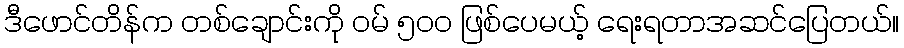
ဒီဖောင်တိန်က တစ်ချောင်းကို ဝမ် ၅၀၀ ဖြစ်ပေမယ့် ရေးရတာအဆင်ပြေတယ်။